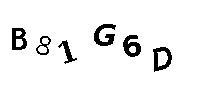
B81G6D